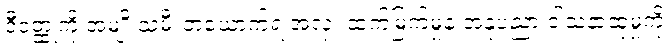
ဒီဝတ္ထုကို အမျိုးသမီးတယောက်ရဲ့အလှ၊ ထက်မြက်မှုနဲ့ အနုပညာ ဝါသနာထုံမှုကို